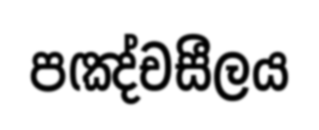
පඤ්චසීලය